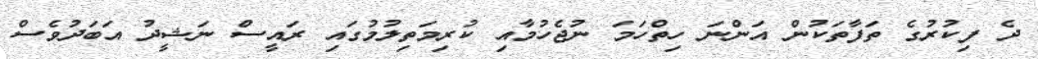
ދެ ފިކުރުގެ ތަފާތަކުން އަންނަ ހިތްހަމަ ނުޖެހުމާއި ކުރިމަތިލުމުގައި ރައީސް ނަޝީދު އަބަދުވެސް